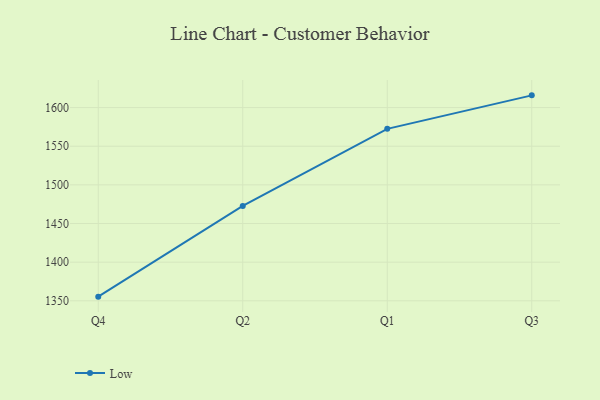
{"axis": {"x": "Quarter", "y": "Customer Acquisition Cost (USD)"}, "legend": ["Low"], "data": [{"x": "Q4", "y": 1355.4, "type": "Low"}, {"x": "Q2", "y": 1472.7, "type": "Low"}, {"x": "Q1", "y": 1572.5, "type": "Low"}, {"x": "Q3", "y": 1615.8, "type": "Low"}]}